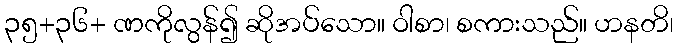
၃၅+၃၆+ ဏကိုလွန်၍ ဆိုအပ်သော။ ဝါစာ၊ စကားသည်။ ဟနတိ၊